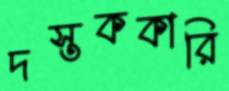
দস্তককারি